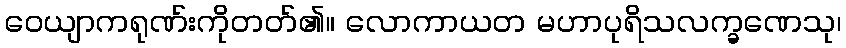
ဝေယျာကရုဏ်းကိုတတ်၏။ လောကာယတ မဟာပုရိသလက္ခဏေသု၊